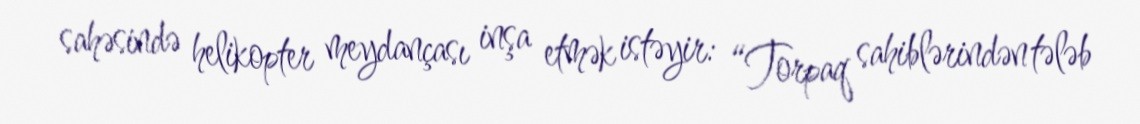
sahəsində helikopter meydançası inşa etmək istəyir: “Torpaq sahiblərindən tələb